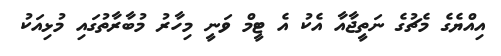
އިއްޔެގެ މެޗުގެ ނަތީޖާއާ އެކު އެ ޓީމް ވަނީ މިހާރު މުބާރާތުގައި މުޅިއަކު